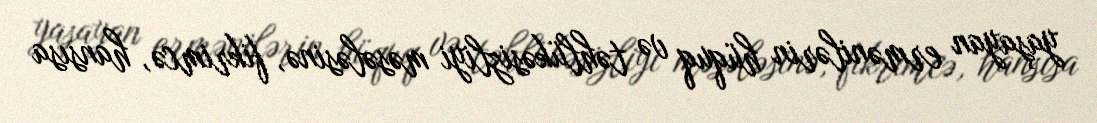
yaşayan ermənilərin hüquq və təhlükəsizliyi məsələsinə, fikrimcə, hansısa